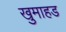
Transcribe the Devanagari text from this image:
खुमाहड